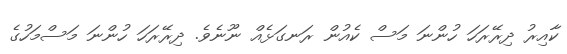
ކާއިރު ދިރޭރަހަ ހުންނަ މަސް ކެއުން ރަނގަޅެއް ނޫނެވެ. ދިރޭރަހަ ހުންނަ މަސްމަހުގެ